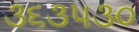
૩૬૩૫૩૦